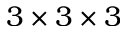
3 \times 3 \times 3